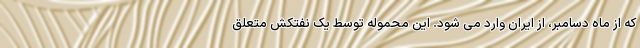
که از ماه دسامبر، از ایران وارد می شود. این محموله توسط یک نفتکش متعلق